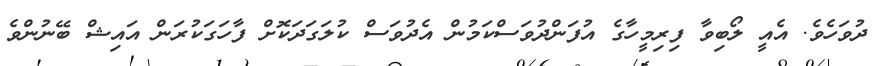
ދުވަހެވެ. އެއީ ލޯބިވާ ފިރިމީހާގެ އުފަންދުވަސްކަމުން އެދުވަސް ކުލަގަދަކޮށް ފާހަގަކުރަން އައިޝް ބޭނުންވެ